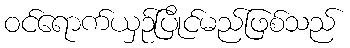
ဝင်ရောက်ယှဉ်ပြိုင်မည်ဖြစ်သည်